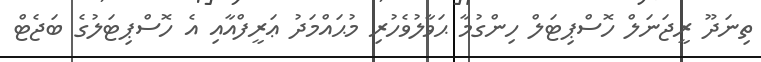
ތިނަދޫ ރީޖަނަލް ހޮސްޕިޓަލް ހިންގުމާ ޙަވާލުވެހުރި މުޙައްމަދު ޢަރީފްއާއި އެ ހޮސްޕިޓަލުގެ ބަޖެޓް